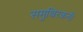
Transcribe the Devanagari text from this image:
समुथिरकनी